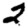
Digit: 2